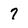
Character: 7